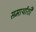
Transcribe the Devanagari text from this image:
समार्थांशी